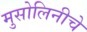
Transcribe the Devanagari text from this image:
मुसोलिनीचे